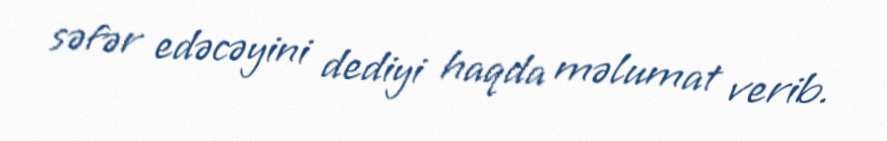
səfər edəcəyini dediyi haqda məlumat verib.